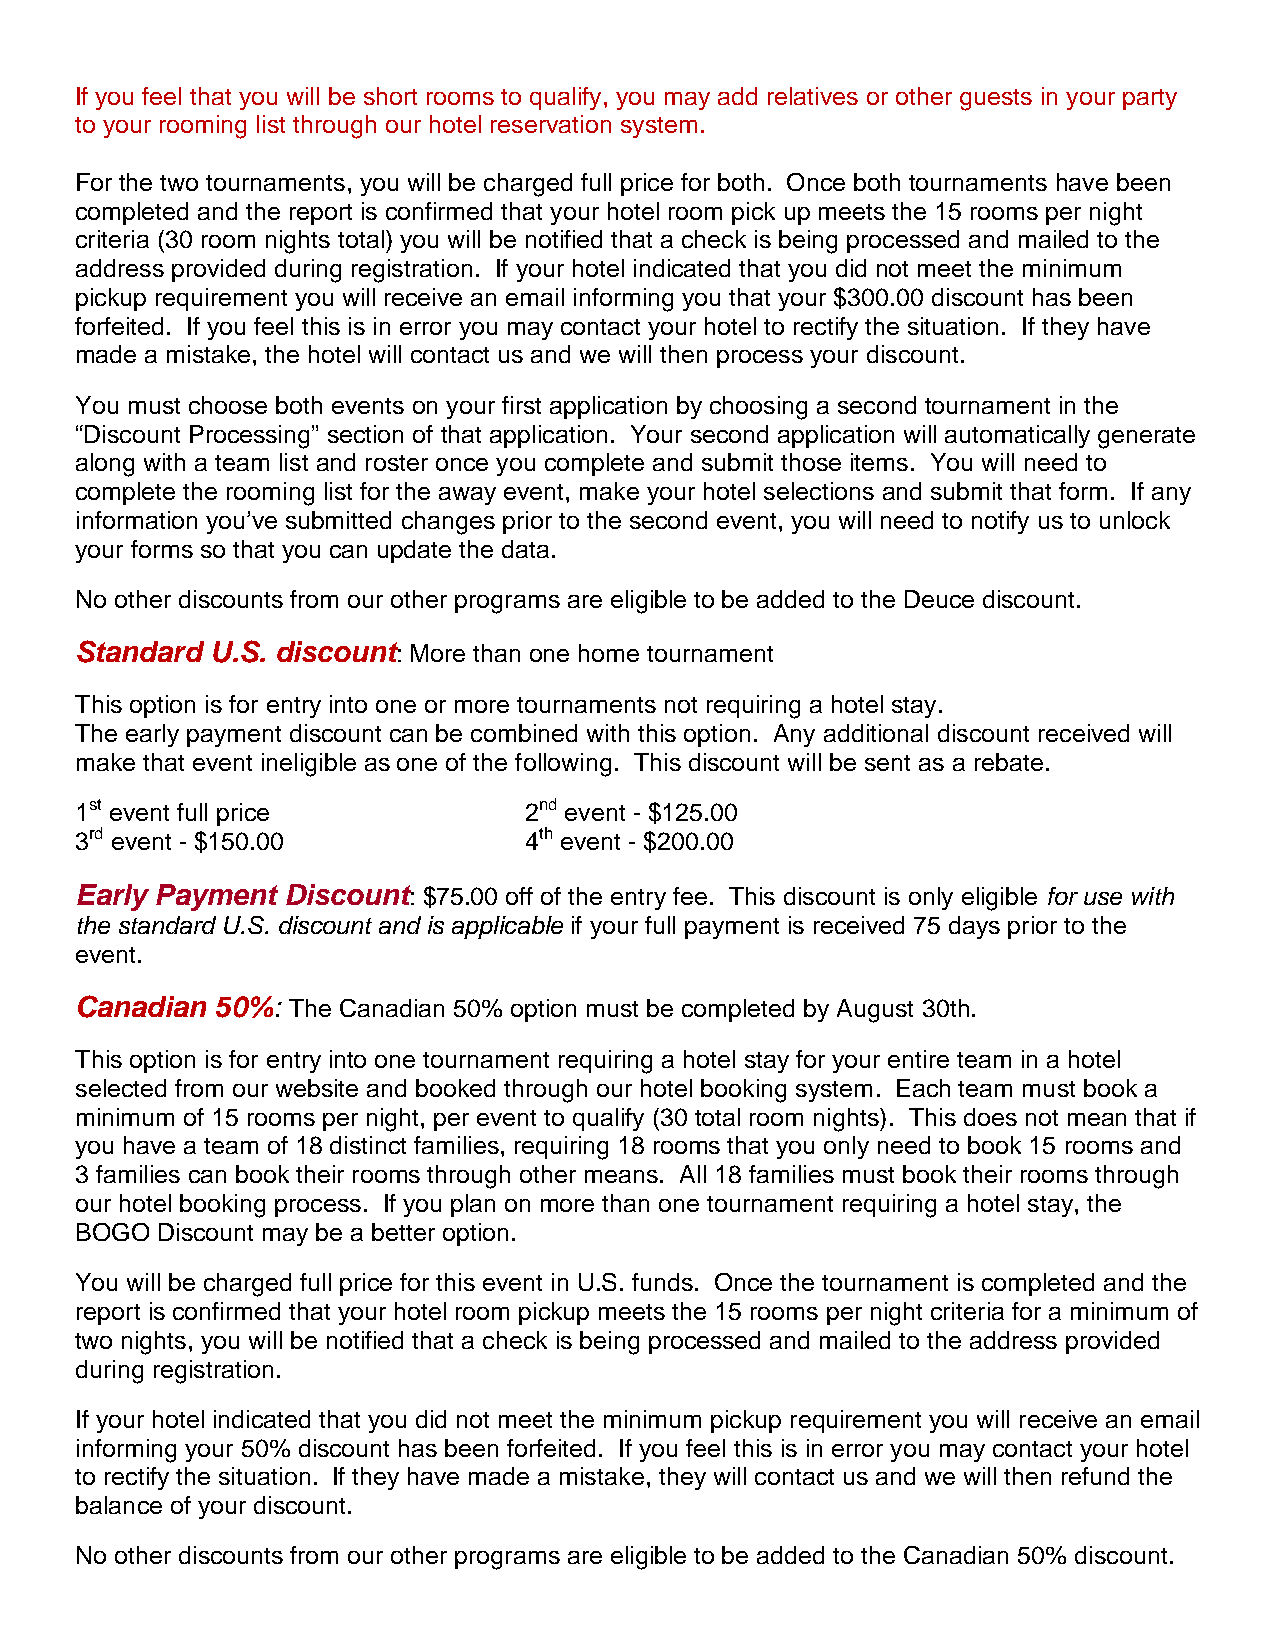
If you feel that you will be short rooms to qualify, you may add relatives or other guests in your party
 to your rooming list through our hotel reservation system.
 For the two tournaments, you will be charged full price for both. Once both tournaments have been
 completed and the report is confirmed that your hotel room pick up meets the 15 rooms per night
 criteria (30 room nights total) you will be notified that a check is being processed and mailed to the
 address provided during registration. If your hotel indicated that you did not meet the minimum
 pickup requirement you will receive an email informing you that your $300.00 discount has been
 forfeited. If you feel this is in error you may contact your hotel to rectify the situation. If they have
 made a mistake, the hotel will contact us and we will then process your discount.
 You must choose both events on your first application by choosing a second tournament in the
 “Discount Processing” section of that application. Your second application will automatically generate
 along with a team list and roster once you complete and submit those items. You will need to
 complete the rooming list for the away event, make your hotel selections and submit that form. If any
 information you’ve submitted changes prior to the second event, you will need to notify us to unlock
 your forms so that you can update the data.
 No other discounts from our other programs are eligible to be added to the Deuce discount.
 Standard U.S. discount: More than one home tournament
 This option is for entry into one or more tournaments not requiring a hotel stay.
 The early payment discount can be combined with this option. Any additional discount received will
 make that event ineligible as one of the following. This discount will be sent as a rebate.
 1st event full price          2nd event - $125.00
 3rd event - $150.00           4th event - $200.00
 Early Payment Discount: $75.00 off of the entry fee. This discount is only eligible for use with
 the standard U.S. discount and is applicable if your full payment is received 75 days prior to the
 event.
 Canadian 50%: The Canadian 50% option must be completed by August 30th.
 This option is for entry into one tournament requiring a hotel stay for your entire team in a hotel
 selected from our website and booked through our hotel booking system. Each team must book a
 minimum of 15 rooms per night, per event to qualify (30 total room nights). This does not mean that if
 you have a team of 18 distinct families, requiring 18 rooms that you only need to book 15 rooms and
 3 families can book their rooms through other means. All 18 families must book their rooms through
 our hotel booking process. If you plan on more than one tournament requiring a hotel stay, the
 BOGO Discount may be a better option.
 You will be charged full price for this event in U.S. funds. Once the tournament is completed and the
 report is confirmed that your hotel room pickup meets the 15 rooms per night criteria for a minimum of
 two nights, you will be notified that a check is being processed and mailed to the address provided
 during registration.
 If your hotel indicated that you did not meet the minimum pickup requirement you will receive an email
 informing your 50% discount has been forfeited. If you feel this is in error you may contact your hotel
 to rectify the situation. If they have made a mistake, they will contact us and we will then refund the
 balance of your discount.
 No other discounts from our other programs are eligible to be added to the Canadian 50% discount.